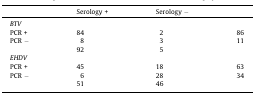
|  | Serology + | Serology − |  |
 | --- | --- | --- | --- |
 | <COLSPAN=4> BTV |
 | PCR + | 84 | 2 | 86 |
 | PCR − | 8 | 3 | 11 |
 |  | 92 | 5 |  |
 | <COLSPAN=4> EHDV |
 | PCR + | 45 | 18 | 63 |
 | PCR − | 6 | 28 | 34 |
 |  | 51 | 46 |  |